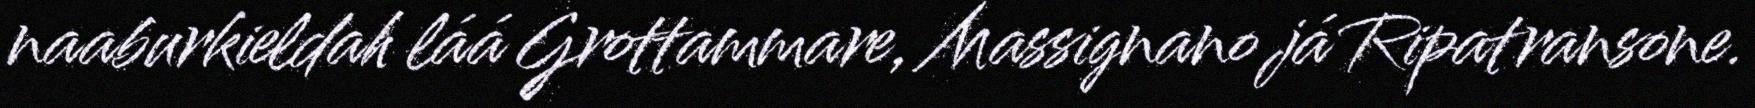
naaburkieldah láá Grottammare, Massignano já Ripatransone.